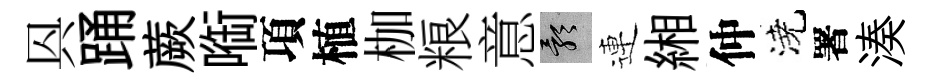
㒷踊蕨㗸項植枷粮意影連緗仲澆署湊